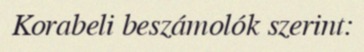
Korabeli beszámolók szerint: